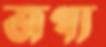
জপ্য